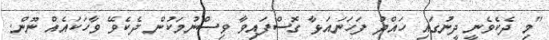
"މި ދެކެވެނީ ދީނުގައި ހައްދު ފަހަނައަޅާ ގޮސްފައިވާ ވިސްނުމަކުން ދެކެވޭ ވާހަކައެއް ނޫން.